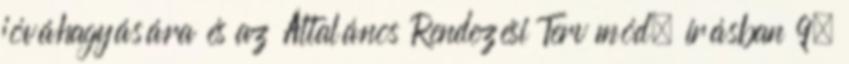
jóváhagyására és az Általános Rendezési Terv mód. írásban 9.